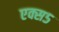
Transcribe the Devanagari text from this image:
एक्स५